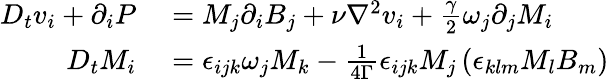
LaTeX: \begin{array}{rl}{D_{t}v_{i}+\partial_{i}P}&{{}=M_{j}\partial_{i}B_{j}+\nu\nabla^{2}v_{i}+\frac{\gamma}{2}\omega_{j}\partial_{j}M_{i}}\\ {D_{t}M_{i}}&{{}=\epsilon_{ijk}\omega_{j}M_{k}-\frac{1}{4\Gamma}\epsilon_{ijk}M_{j}\left(\epsilon_{klm}M_{l}B_{m}\right)}\end{array}